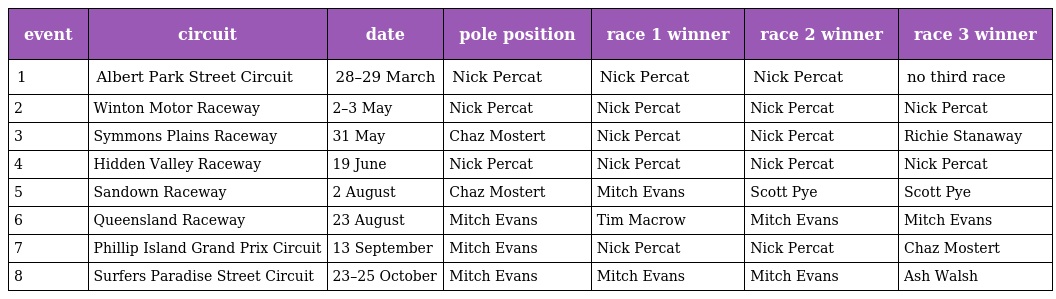
| event | circuit | date | pole position | race 1 winner | race 2 winner | race 3 winner |
 | --- | --- | --- | --- | --- | --- | --- |
 | 1 | Albert Park Street Circuit | 28–29 March | Nick Percat | Nick Percat | Nick Percat | no third race |
 | 2 | Winton Motor Raceway | 2–3 May | Nick Percat | Nick Percat | Nick Percat | Nick Percat |
 | 3 | Symmons Plains Raceway | 31 May | Chaz Mostert | Nick Percat | Nick Percat | Richie Stanaway |
 | 4 | Hidden Valley Raceway | 19 June | Nick Percat | Nick Percat | Nick Percat | Nick Percat |
 | 5 | Sandown Raceway | 2 August | Chaz Mostert | Mitch Evans | Scott Pye | Scott Pye |
 | 6 | Queensland Raceway | 23 August | Mitch Evans | Tim Macrow | Mitch Evans | Mitch Evans |
 | 7 | Phillip Island Grand Prix Circuit | 13 September | Mitch Evans | Nick Percat | Nick Percat | Chaz Mostert |
 | 8 | Surfers Paradise Street Circuit | 23–25 October | Mitch Evans | Mitch Evans | Mitch Evans | Ash Walsh |